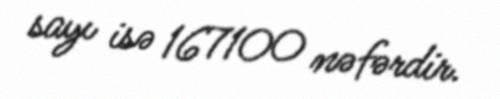
sayı isə 167100 nəfərdir.